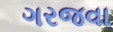
ગરજવા